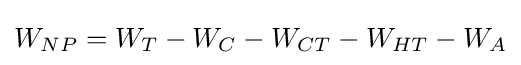
W_{NP}=W_{T}-W_{C}-W_{CT}-W_{HT}-W_{A}